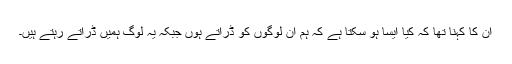
ان کا کہنا تھا کہ کیا ایسا ہو سکتا ہے کہ ہم ان لوگوں کو ڈراتے ہوں جبکہ یہ لوگ ہمیں ڈراتے رہتے ہیں۔